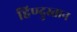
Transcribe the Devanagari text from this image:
हिण्दुस्तान